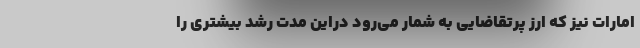
امارات نیز که ارز پرتقاضایی به شمار می‌رود دراین مدت رشد بیشتری را